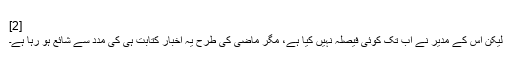
[2]
لیکن اس کے مدیر نے اب تک کوئی فیصلہ نہیں کیا ہے، مگر ماضی کی طرح یہ اخبار کتابت ہی کی مدد سے شائع ہو رہا ہے۔